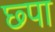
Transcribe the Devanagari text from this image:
छ्पा